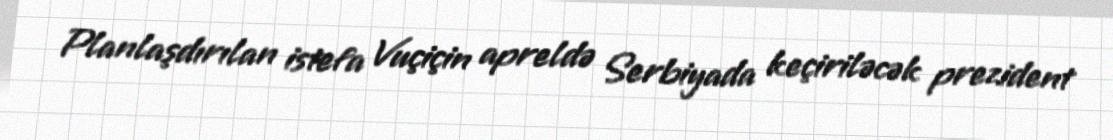
Planlaşdırılan istefa Vuçiçin apreldə Serbiyada keçiriləcək prezident